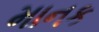
માનક